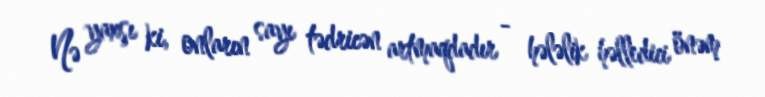
Nə yaxşı ki, onların sayı tədricən artmaqdadır - hələlik həlledici önəm